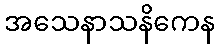
အသေနာသနိကေန